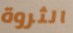
الثروة